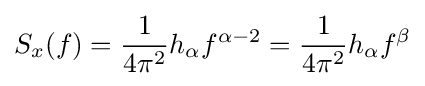
S_{x}(f)={\frac {1}{4\pi ^{2}}}h_{\alpha }f^{\alpha -2}={\frac {1}{4\pi ^{2}}}h_{\alpha }f^{\beta }